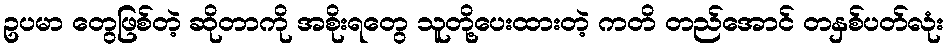
ဥပမာ တွေဖြစ်တဲ့ ဆိုတာကို အစိုးရတွေ သူတို့ပေးထားတဲ့ ကတိ တည်အောင် တနှစ်ပတ်လုံး